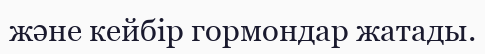
және кейбір гормондар жатады.